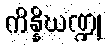
ကိန္နိဃဏ္ဍု